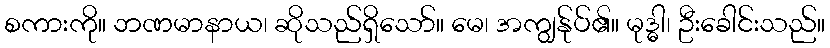
စကားကို။ ဘဏမာနာယ၊ ဆိုသည်ရှိသော်။ မေ၊ အကျွန်ုပ်၏။ မုဒ္ဓါ၊ ဦးခေါင်းသည်။